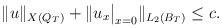
LaTeX: \begin{align*}\|u\|_{X(Q_T)} + \|u_{x}\big|_{x=0}\|_{L_2(B_T)} \leq c.\end{align*}